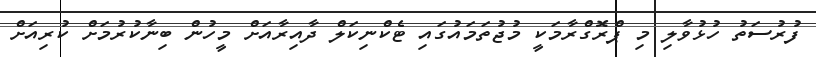
ފުރުސަތު ހުޅުވާލި މި ޕްރޮގްރާމަކީ މުޖުތަމައުގައި ޓެކްނިކަލް ދާއިރާއަށް މީހުން ބިނާކުރުމަށް ކުރިއަށް